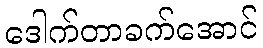
ဒေါက်တာခက်အောင်